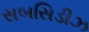
સબસિડીઝ